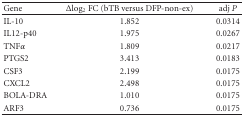
| Gene | Δlog⁡2⁡FC (bTB versus DFP-non-ex) | adj P |
 | --- | --- | --- |
 | IL-10 | 1.852 | 0.0314 |
 | IL12-p40 | 1.975 | 0.0267 |
 | TNFα | 1.809 | 0.0217 |
 | PTGS2 | 3.413 | 0.0183 |
 | CSF3 | 2.199 | 0.0175 |
 | CXCL2 | 2.498 | 0.0175 |
 | BOLA-DRA | 1.010 | 0.0175 |
 | ARF3 | 0.736 | 0.0175 |